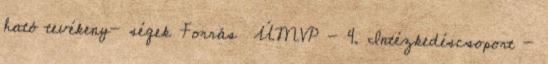
ható tevékeny- ségek Forrás ▪ÚMVP - 4. Intézkedéscsoport -